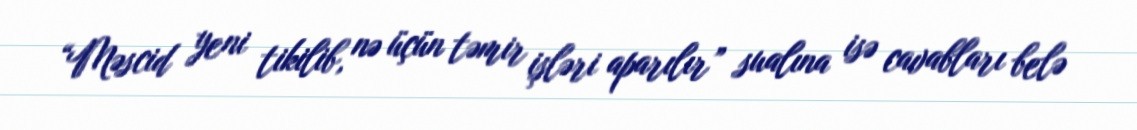
“Məscid yeni tikilib, nə üçün təmir işləri aparılır” sualına isə cavabları belə